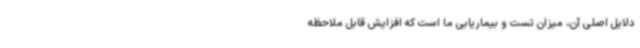
دلایل اصلی آن، میزان تست و بیماریابی ما است که افزایش قابل ملاحظه